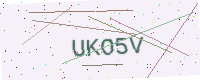
Text: UKO5V